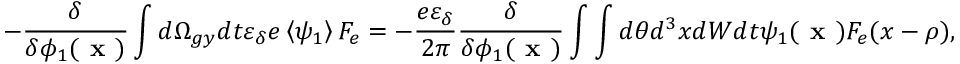
- \frac { \delta } { \delta \phi _ { 1 } ( \textbf { x } ) } \int d \Omega _ { g y } d t \varepsilon _ { \delta } e \left\langle \psi _ { 1 } \right\rangle F _ { e } = - \frac { e \varepsilon _ { \delta } } { 2 \pi } \frac { \delta } { \delta \phi _ { 1 } ( \textbf { x } ) } \int \int d \theta d ^ { 3 } x d W d t \psi _ { 1 } ( \textbf { x } ) F _ { e } ( x - \rho ) ,